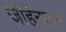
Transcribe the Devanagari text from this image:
जोहेनाइन